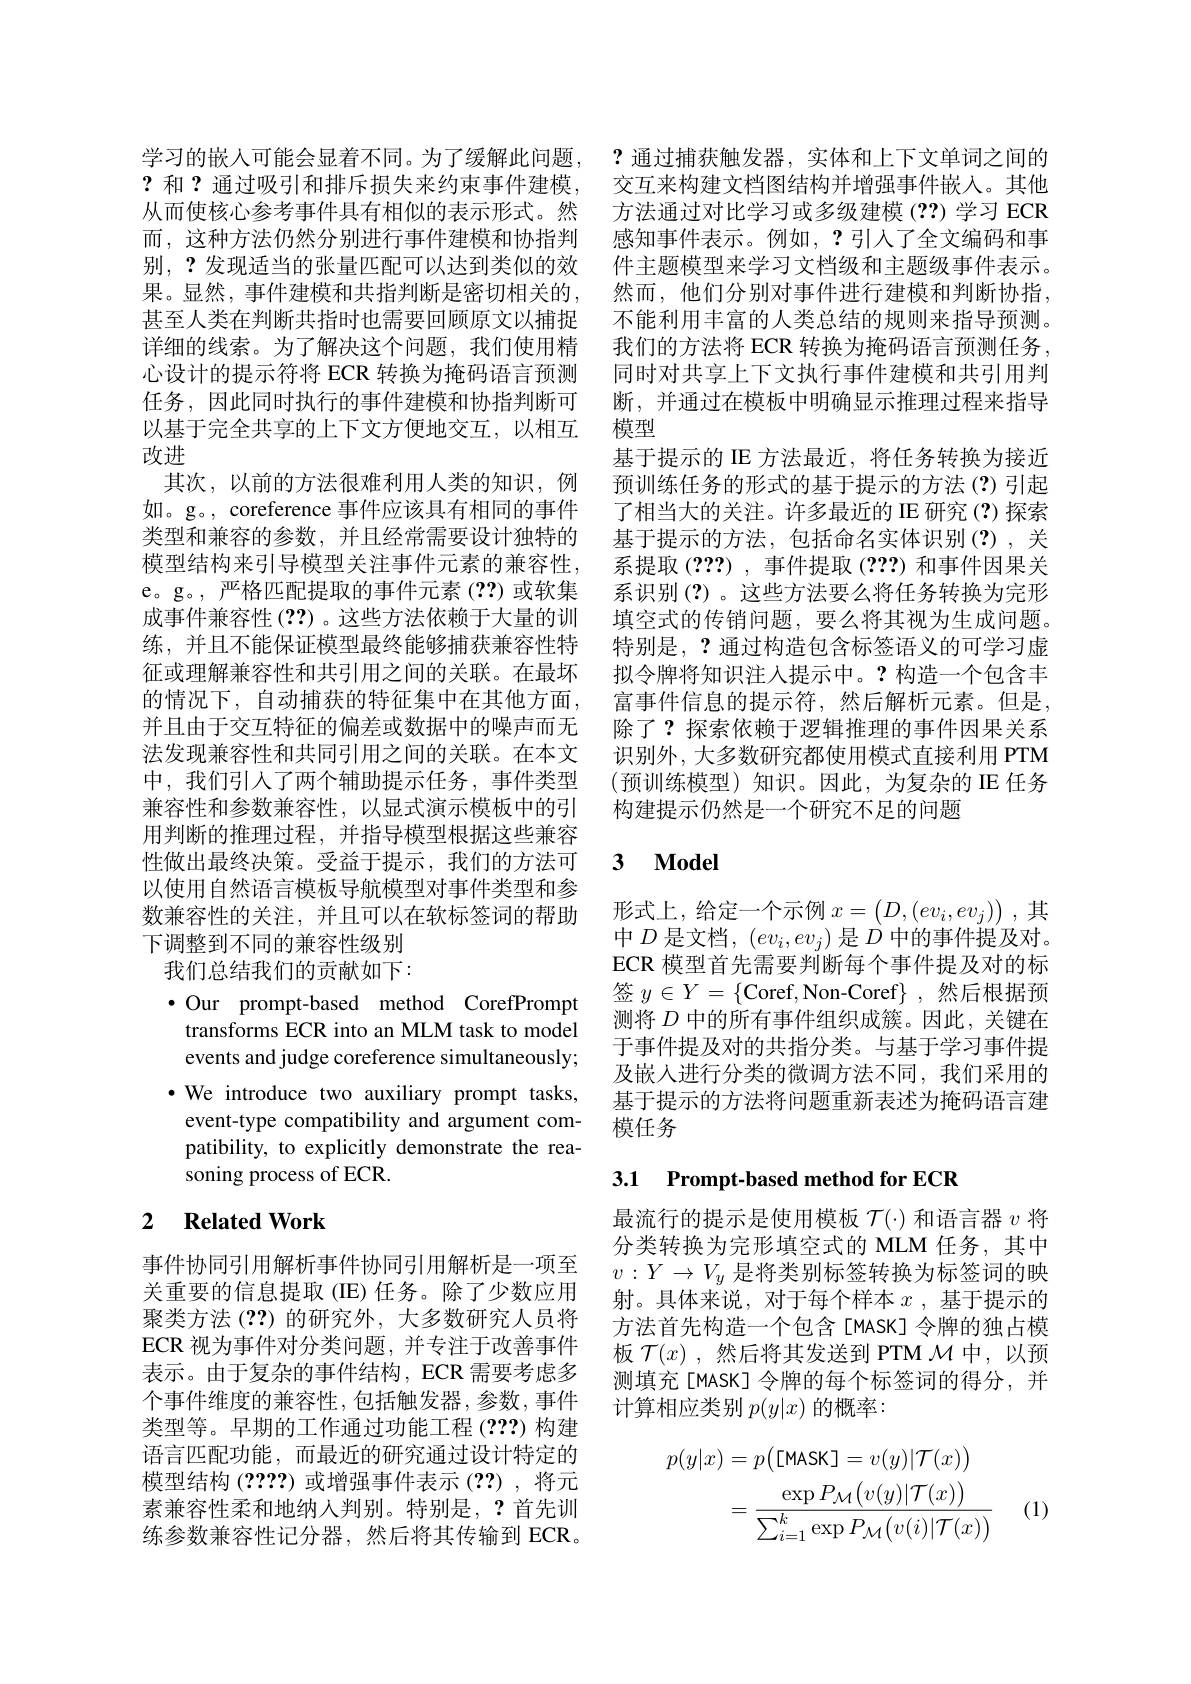
心设计的提示符将 ECR 转换为掩码语言预测任务，因此同时执行的事件建模和协指判断可以基于完全共享的上下文方便地交互，以相互改进
其次，以前的方法很难利用人类的知识，例并且由于交互特征的偏差或数据中的噪声而无法发现兼容性和共同引用之间的关联。在本文中，我们引入了两个辅助提示任务，事件类型兼容性和参数兼容性，以显式演示模板中的引用判断的推理过程，并指导模型根据这些兼容性做出最终决策。受益于提示，我们的方法可以使用自然语言模板导航模型对事件类型和参数兼容性的关注，并且可以在软标签词的帮助下调整到不同的兼容性级别我们总结我们的贡献如下： $\bullet$Our prompt-based method CorefPrompt transforms ECR into an MLM task to model events and judge coreference simultaneously;
·We introduce two auxiliary prompt tasks, 基于提示的方法将问题重新表述为掩码语言建
event-type compatibility and argument com- 模任务
patibility, to explicitly demonstrate the rea-
soning process of ECR.

## 2 $\textbf{Related Work}$

事件协同引用解析事件协同引用解析是一项至关重要的信息提取(IE)任务。除了少数应用聚类方法 (??) 的研究外，大多数研究人员将ECR 视为事件对分类问题，并专注于改善事件表示。由于复杂的事件结构，ECR 需要考虑多个事件维度的兼容性，包括触发器，参数，事件类型等。早期的工作通过功能工程(???)构建语言匹配功能，而最近的研究通过设计特定的模型结构(????)或增强事件表示(??),将元素兼容性柔和地纳人判别。特别是，?首先训练参数兼容性记分器，然后将其传输到 ECR。

学习的嵌入可能会显着不同。为了缓解此问题，? 通过捕获触发器，实体和上下文单词之间的? 和？通过吸引和排斥损失来约束事件建模，交互来构建文档图结构并增强事件嵌入。其他从而使核心参考事件具有相似的表示形式。然 方法通过对比学习或多级建模 (??) 学习 ECR 而，这种方法仍然分别进行事件建模和协指判 感知事件表示。例如，?引人了全文编码和事别，?发现适当的张量匹配可以达到类似的效 件主题模型来学习文档级和主题级事件表示。果。显然，事件建模和共指判断是密切相关的，然而，他们分别对事件进行建模和判断协指， 甚至人类在判断共指时也需要回顾原文以捕捉 不能利用丰富的人类总结的规则来指导预测。详细的线索。为了解决这个问题，我们使用精 我们的方法将 ECR 转换为掩码语言预测任务，
同时对共享上下文执行事件建模和共引用判断，并通过在模板中明确显示推理过程来指导模型
基于提示的 IE 方法最近，将任务转换为接近预训练任务的形式的基于提示的方法(?)引起
如。g。, coreference 事件应该具有相同的事件 了相当大的关注。许多最近的 IE 研究 (?)探索类型和兼容的参数，并且经常需要设计独特的 基于提示的方法，包括命名实体识别(?),关模型结构来引导模型关注事件元素的兼容性，系提取(???),事件提取(???)和事件因果关e。g。,严格匹配提取的事件元素(??)或软集 系识别(?)。这些方法要么将任务转换为完形成事件兼容性(??)。这些方法依赖于大量的训 填空式的传销问题，要么将其视为生成问题。练，并且不能保证模型最终能够捕获兼容性特 特别是，?通过构造包含标签语义的可学习虚征或理解兼容性和共引用之间的关联。在最坏 拟令牌将知识注人提示中。?构造一个包含丰的情况下，自动捕获的特征集中在其他方面，富事件信息的提示符，然后解析元素。但是，
除了？探索依赖于逻辑推理的事件因果关系识别外，大多数研究都使用模式直接利用 PTM (预训练模型)知识。因此，为复杂的 IE 任务构建提示仍然是一个研究不足的问题

### 3 $\mathbf{Model}$

形式上，给定一个示例$x=(D,(ev_i,ev_j))$,其中$D$是文档，$(ev_i,ev_j)$是$D$中的事件提及对。ECR 模型首先需要判断每个事件提及对的标签 $y\in Y=\{$Coref,Non-Coref$\}$,然后根据预测将$D$中的所有事件组织成簇。因此，关键在于事件提及对的共指分类。与基于学习事件提及嵌入进行分类的微调方法不同，我们采用的

# 3.1 Prompt-based method for ECR

最流行的提示是使用模板$\mathcal{T}(\cdot)$和语言器$v$将分类转换为完形填空式的 MLM 任务，其中$v:Y\to V_y$是将类别标签转换为标签词的映射。具体来说，对于每个样本$x$ ,基于提示的方法首先构造一个包含[MASK]令牌的独占模板$\mathcal{T}(x)$ ,然后将其发送到 PTM $\mathcal{M}$中，以预测填充[MASK]令牌的每个标签词的得分，并计算相应类别$p(y|x)$的概率：
$$\begin{aligned}p(y|x)&=p\big([\mathsf{MASK}]=v(y)|\mathcal{T}(x)\big)\\&=\frac{\exp P_{\mathcal{M}}\big(v(y)|\mathcal{T}(x)\big)}{\sum_{i=1}^{k}\exp P_{\mathcal{M}}\big(v(i)|\mathcal{T}(x)\big)}\end{aligned}$$
(1)